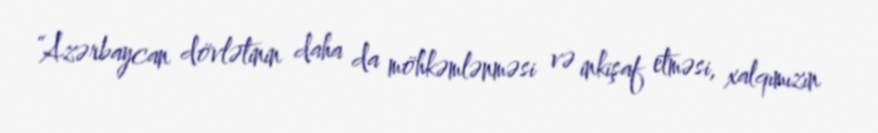
“Azərbaycan dövlətinin daha da möhkəmlənməsi və inkişaf etməsi, xalqımızın